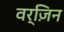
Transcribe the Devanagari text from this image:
वर्ज़िन